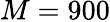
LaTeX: M=900